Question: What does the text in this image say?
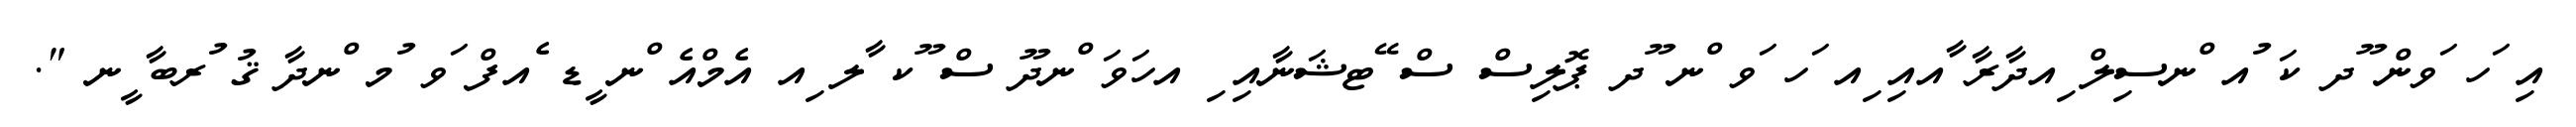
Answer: އި ަހ ަވން ޫދ ކަ ުއ ްނސިލް ިއދާރާ ާއއި ިއ ަހ ަވ ްނ ޫދ ޕޮލިސް ސް ޭޓޝަނާއި ި އހަވަ ްނދޫ ސް ޫކ ާލ ިއ އެމްއެ ްނ ީޑ ެއފް ަވ ުމ ްނދާ ޤު ުރބާ ީނ ".